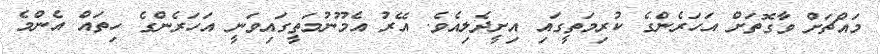
މައްޗަށް ވާގޮތަށް އަހަރެންގެ ކުރިމަތީގައި އިށީދެލިއެވެ. އޭރު އެމޫނުމަތީގައިވަނީ އަހަރެންގެ ހިތައް އެންމެ